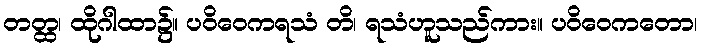
တတ္ထ၊ ထိုဂါထာ၌။ ပဝိဝေကရသံ တိ၊ ရသံဟူသည်ကား။ ပဝိဝေကတော၊